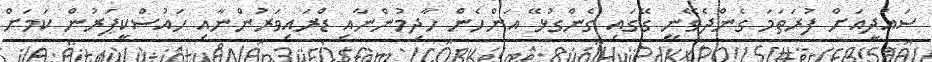
ސައުދީއަށް ފުރަތަމަ ގެންދެވޭނީ ގޭގައި ގެންގުޅޭ އަންހެން ހާދިމުންނާއި ޑްރައިވަރުންނާއި ހައުސްކީޕަރުން ކަމަށް